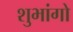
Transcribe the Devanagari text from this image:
शुभांगो